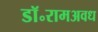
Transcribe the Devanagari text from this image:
डॉ॰रामअवध